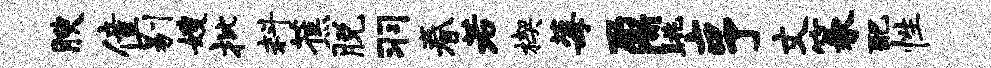
腴僮剔嫂批料蕉脱羽眷若楔莓鼐眺亨丈篆配性